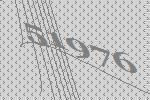
51976